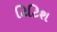
ટિટિશ